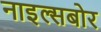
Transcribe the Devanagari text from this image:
नाइल्सबोर